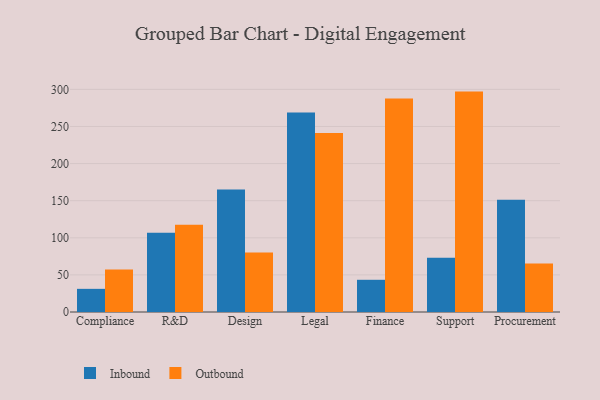
{"axis": {"x": "Department", "y": "Latency (ms)"}, "legend": ["Inbound", "Outbound"], "data": [{"x": "Compliance", "y": 31.2, "type": "Inbound"}, {"x": "Compliance", "y": 57.2, "type": "Outbound"}, {"x": "R&D", "y": 106.8, "type": "Inbound"}, {"x": "R&D", "y": 117.6, "type": "Outbound"}, {"x": "Design", "y": 165.2, "type": "Inbound"}, {"x": "Design", "y": 80.3, "type": "Outbound"}, {"x": "Legal", "y": 268.7, "type": "Inbound"}, {"x": "Legal", "y": 241.2, "type": "Outbound"}, {"x": "Finance", "y": 43.4, "type": "Inbound"}, {"x": "Finance", "y": 287.7, "type": "Outbound"}, {"x": "Support", "y": 73.0, "type": "Inbound"}, {"x": "Support", "y": 297.0, "type": "Outbound"}, {"x": "Procurement", "y": 151.4, "type": "Inbound"}, {"x": "Procurement", "y": 65.5, "type": "Outbound"}]}